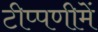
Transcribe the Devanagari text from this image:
टीप्‍पणीमें